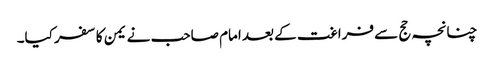
چنانچہ حج سے فراغت کے بعد امام صاحب نے یمن کا سفر کیا۔